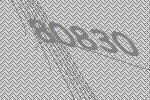
80830